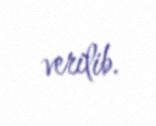
verilib.